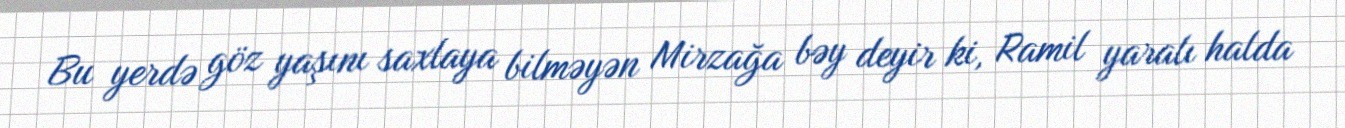
Bu yerdə göz yaşını saxlaya bilməyən Mirzağa bəy deyir ki, Ramil yaralı halda